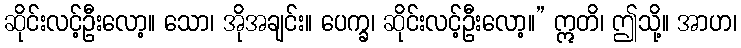
ဆိုင်းလင့်ဦးလော့။ သော၊ အိုအချင်း။ ပေက္ခ၊ ဆိုင်းလင့်ဦးလော့။” ဣတိ၊ ဤသို့။ အာဟ၊